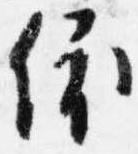
依